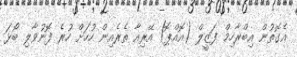
އެގޮތުން އިބްރާހިމް ފަޒީލް (އޮއްޕޮ) އޭރިއާ ތެރެއިން ހުހަށް ހުރެ ފޮނުވާލި ބޯޅަ